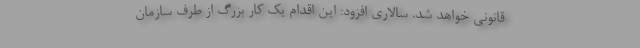
قانونی خواهد شد. سالاری افزود: این اقدام یک کار بزرگ از طرف سازمان